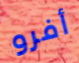
أفرو